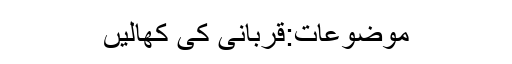
موضوعات:قربانی کی کھالیں